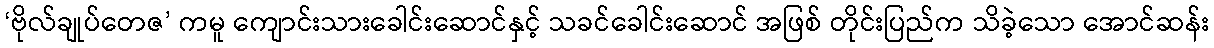
‘ဗိုလ်ချုပ်တေဇ’ ကမူ ကျောင်းသားခေါင်းဆောင်နှင့် သခင်ခေါင်းဆောင် အဖြစ် တိုင်းပြည်က သိခဲ့သော အောင်ဆန်း